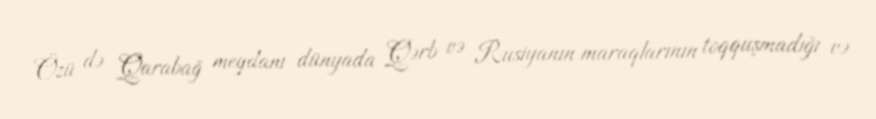
Özü də Qarabağ meydanı dünyada Qərb və Rusiyanın maraqlarının toqquşmadığı və